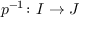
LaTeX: p ^ { - 1 } \colon I \rightarrow J